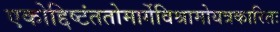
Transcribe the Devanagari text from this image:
एकोद्दिष्टंततोमार्गेविश्रामोयत्रकारितः